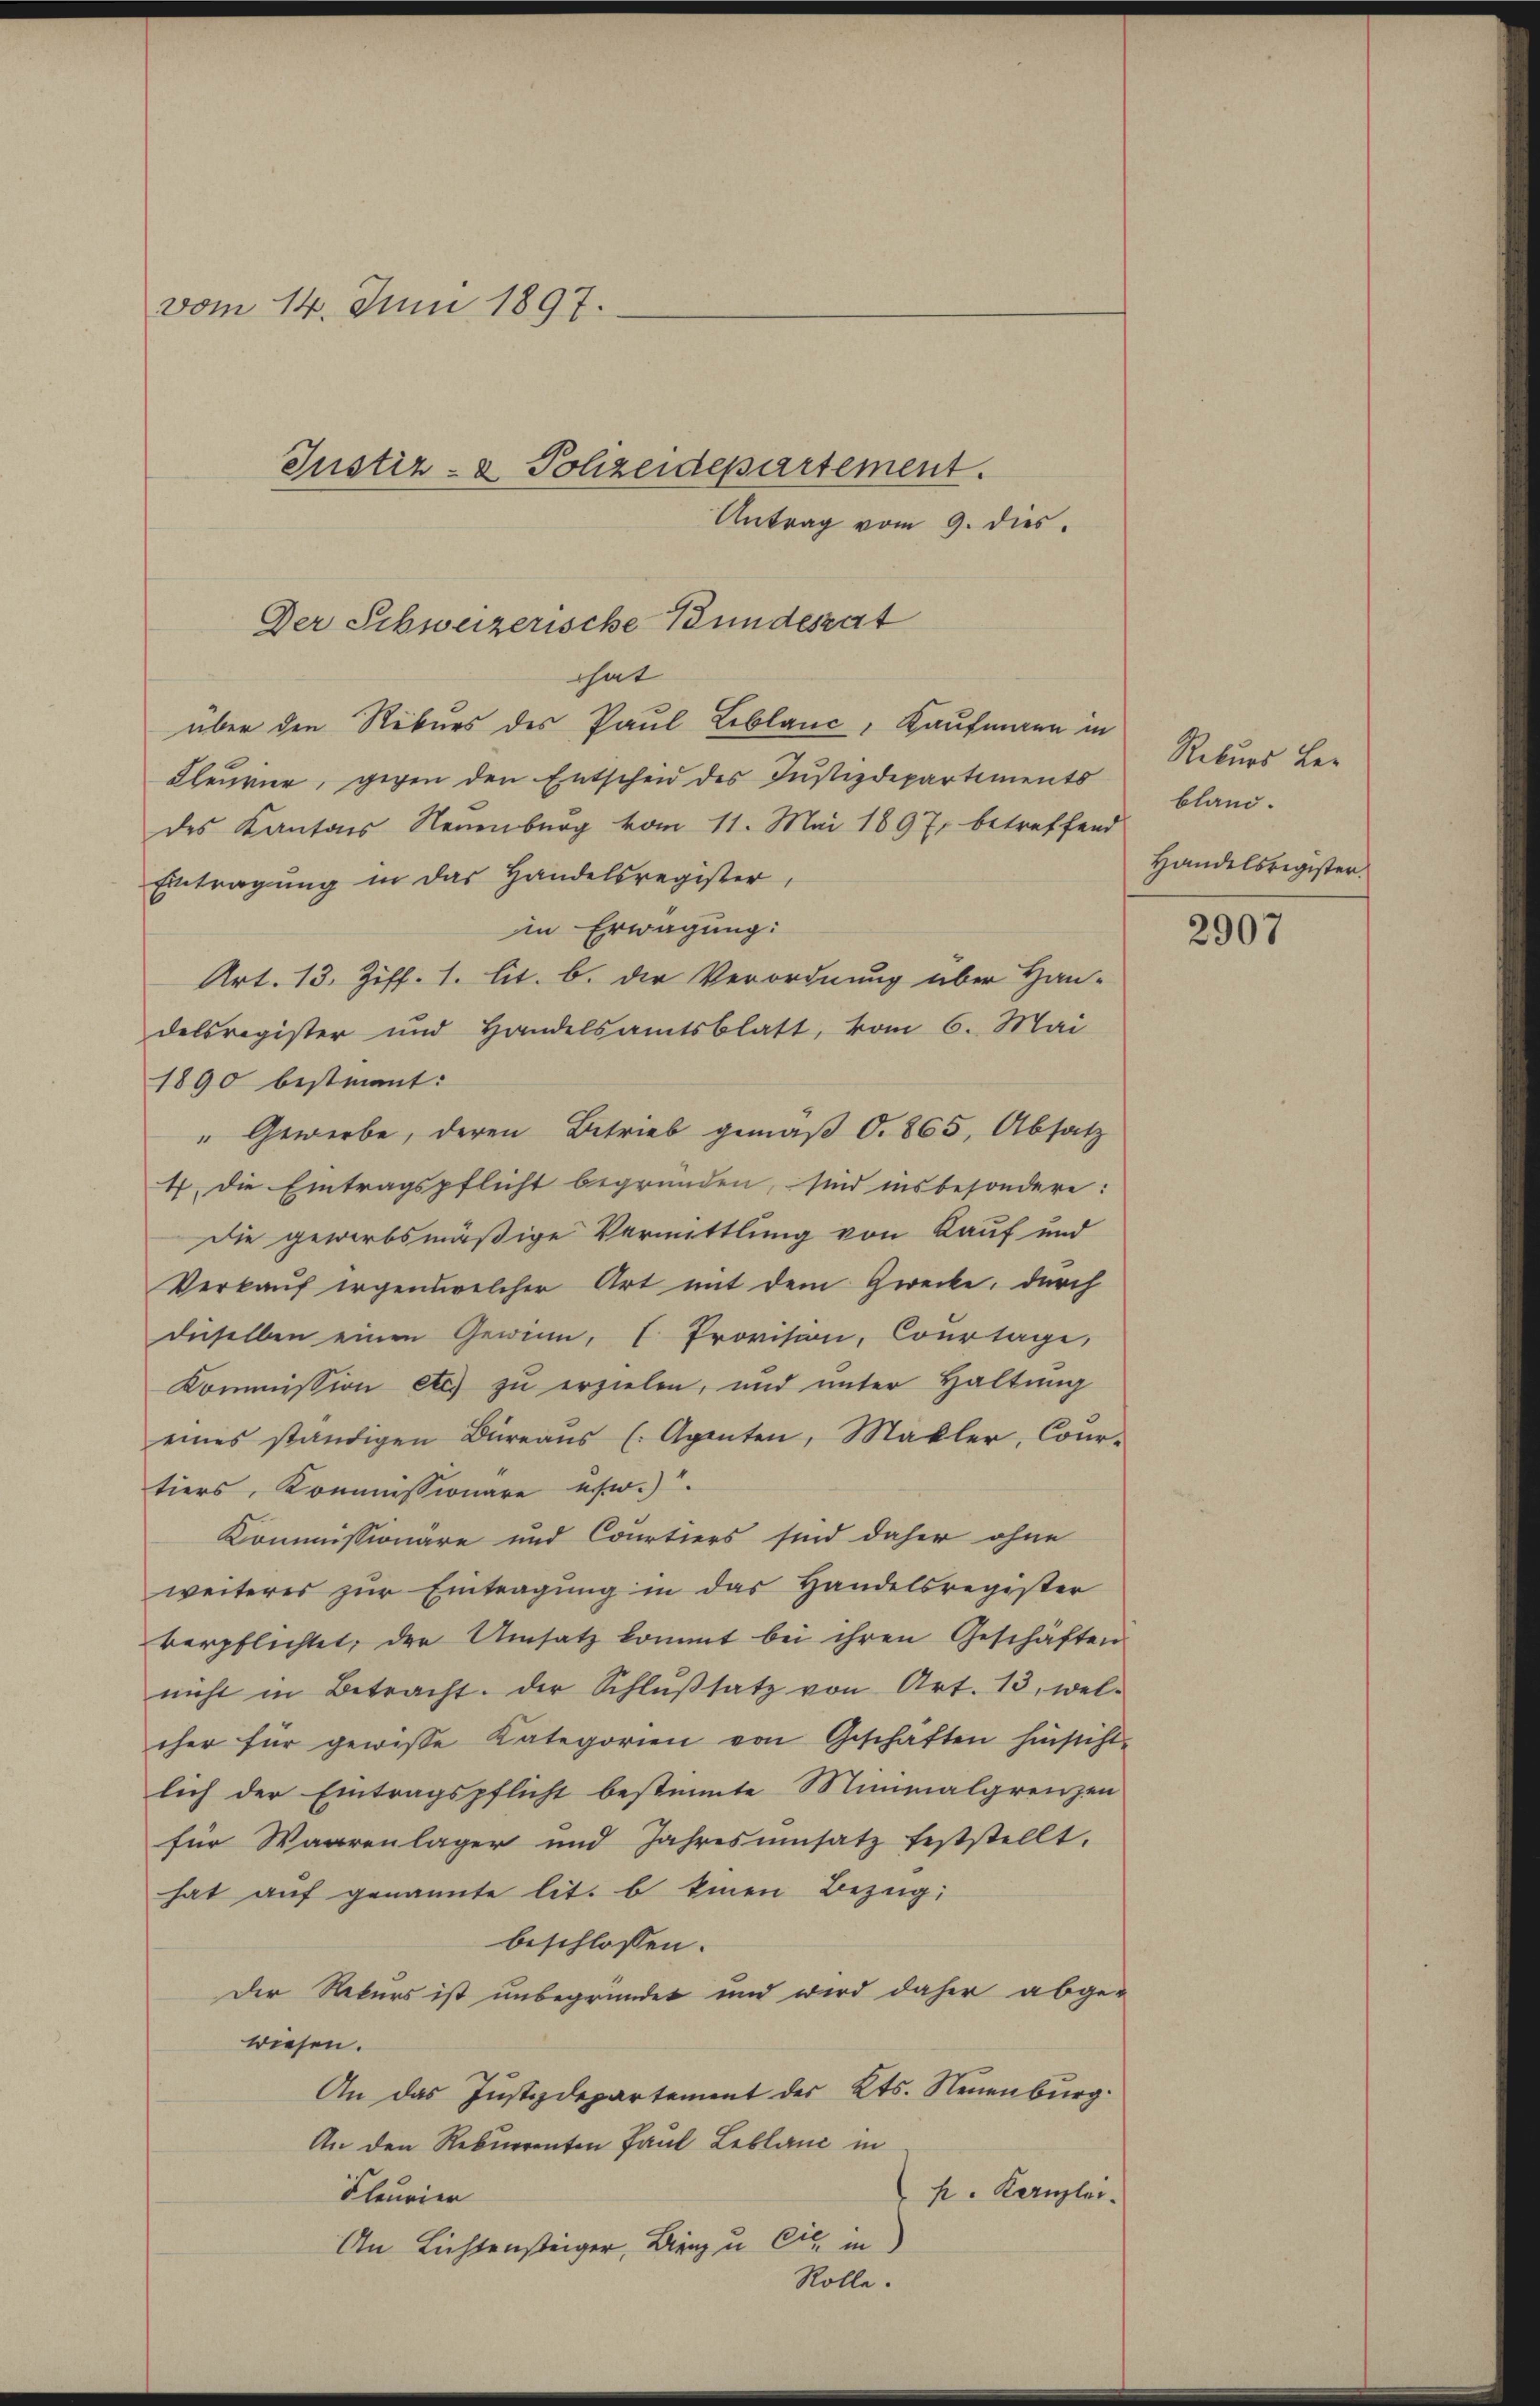
vom 14. Juni 1897.

Antrag vom 9. dies
hat
über den Rekurs des Paul Leblanc, Kaufmann in
Kleurier, gegen den Entscheid des Justizdepartements
des Kantons Neuenburg vom 11. Mai 1897. betreffend
Eintragung in das Handelsregister,
in Erwägung:
Art. 13. Ziff. 1. lit. b. der Verordnung über Han-
delsregister und Handelsamtsblatt, vom 6. Mai
1890 bestimmt:
" Gewerbe, deren Betrieb gemäß O. 865, Absatz
4. Die Eintragspflicht begründen, sind insbesondere:
Die gewerbsmäßige Vermittlung von Kauf und
Verkauf irgendwelcher Art mit dem Zwecke, durch
dieselben einen Gewinn, I. Provision, Courtage,
Kommission etc. zu erzielen, und unter Haltung
eines ständigen Büreaŭs (Agenten, Makler, Cour-
tiers, Kommissionäre usw.)
Kommissionäre und Courtiers sind daher ohne
weiteres zur Eintragung in das Handelsregister
verpflichtet, der Umsatz kommt bei ihren Geschäften
nicht in Betracht. Der Schlŭβsatz von Art. 13, wel-
cher für gewisse Kategorien von Geschaften hinsicht-
lich der Eintragspflicht bestimte Minimalgrenzen
für Waarenlager und Jahresŭmsatz feststellt.
hat auf genannte lit. b einen Bezug
beschlossen.
Der Rekurs ist unbegründet und wird daher abge-
wiesen.
An das Justizdepartement des Kts. Neuenburg.
An den Rekurrenten Paul Leblanc in
p. Kanzlei.
Fleurier
An Lichtensteiger, Binz u. Cie in
Rolle.

Justiz- & Polizeidepartement.
Der Schweizerische Bundesrat

Rekurs Ber
bland.
Handelsregister.

2907